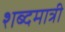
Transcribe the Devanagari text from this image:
शब्दमात्री